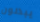
يبذلون